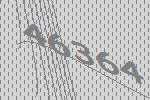
46364